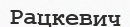
Рацкевич